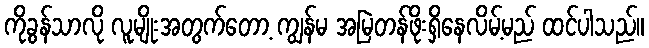
ကိုခွန်သာလို လူမျိုးအတွက်တော့ ကျွန်မ အမြဲတန်ဖိုးရှိနေလိမ့်မည် ထင်ပါသည်။